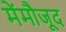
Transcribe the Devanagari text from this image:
मेंमौजूद